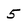
Character: 5